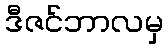
ဒီဇင်ဘာလမှ